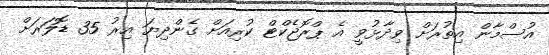
އުސްމާން އިތުރަށް ވިދާޅުވީ އެ ޕްރޮޖެކްޓް ކުރިއަށް ގެންދިޔަ އިރު 35 ޑޮލަރަށް